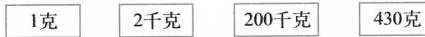
1克 2千克 200千克 430克